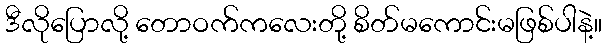
ဒီလိုပြောလို့ တောဝက်ကလေးတို့ စိတ်မကောင်းမဖြစ်ပါနဲ့။